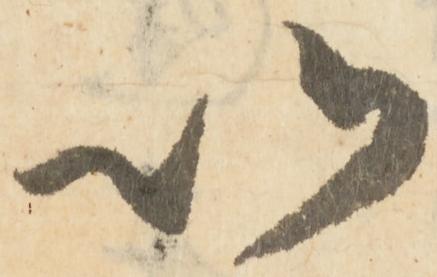
以